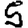
Digit: 5